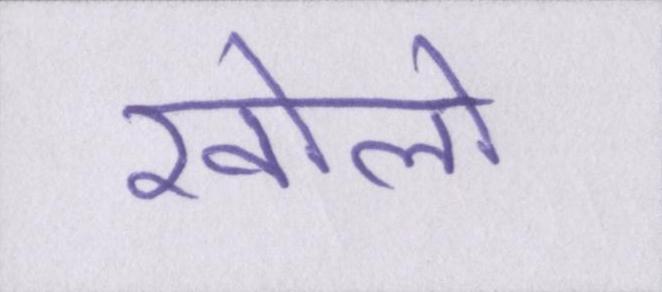
खोलो